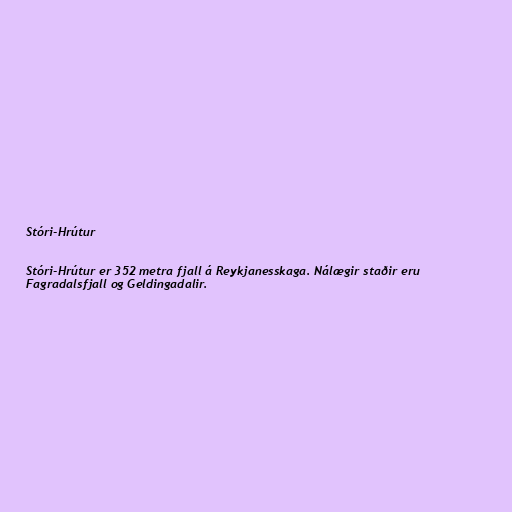
Stóri-Hrútur

Stóri-Hrútur er 352 metra fjall á Reykjanesskaga. Nálægir staðir eru
Fagradalsfjall og Geldingadalir.